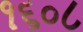
૧૬૦૮